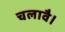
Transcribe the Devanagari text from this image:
चलावै।